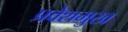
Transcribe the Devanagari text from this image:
प्रवेशमुख